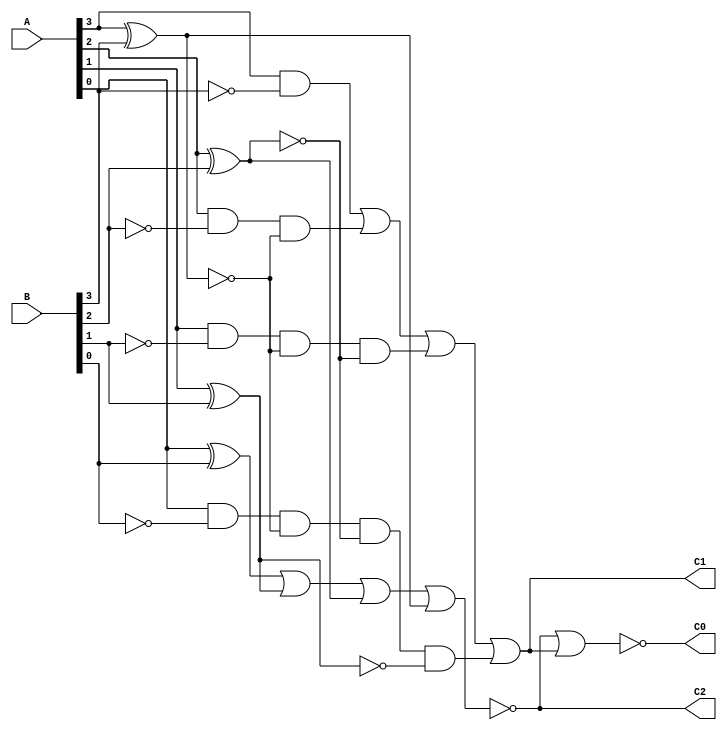
// Behavioural Modelling

module comparator(A,B,C2,C1,C0);
   input [3:0] A;
   input [3:0] B;
   output reg C2,C1,C0;                 // C2= (A=B),  C1= (A>B), C0= (A<B)
 
always @(A,B)
begin
  
   C2 = ~((A[0]^B[0]) | (A[1]^B[1]) | (A[2]^B[2]) | (A[3]^B[3]));

   C1 = ( (A[3]&(~B[3])) | (A[2]&(~B[2])&(~(A[3]^B[3]))) | (A[1]&(~B[1])&(~(A[3]^B[3]))&(~(A[2]^B[2]))) | (A[0]&(~B[0])&(~(A[3]^B[3]))&(~(A[2]^B[2]))&(~(A[1]^B[1]))) );

    C0= ~(C2 | C1);
end
endmodule